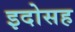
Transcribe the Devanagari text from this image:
इदोसह